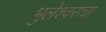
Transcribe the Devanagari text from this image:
भुलेश्वराचा